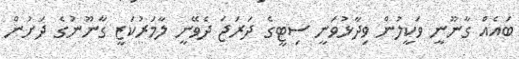
ބައެއް ގާނޫނީ ވަކީލުން ވިދާޅުވަނީ ސިޓީގެ ދަރަޖަ ދެވޭނީ ލާމަރުކަޒީ ގާނޫނުގެ ދަށުން